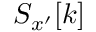
S _ { x ^ { \prime } } [ k ]